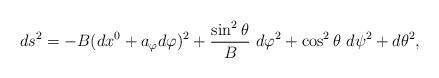
LaTeX: \begin{align*}ds^2=-B(dx^0+a_\varphi d \varphi)^2+ {\sin^2\theta \over B}~d\varphi^2+\cos^2\theta~ d\psi^2+d\theta^2,\end{align*}